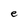
Character: e